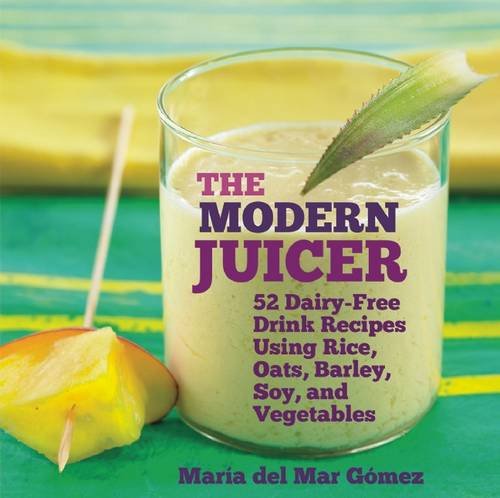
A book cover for The Modern Juicer: 52 Dairy-Free Drink Recipes Using Rice, Oats, Barley, Soy, and Vegetables; Maria del Mar GÃ³mez; Cookbooks, Food & Wine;